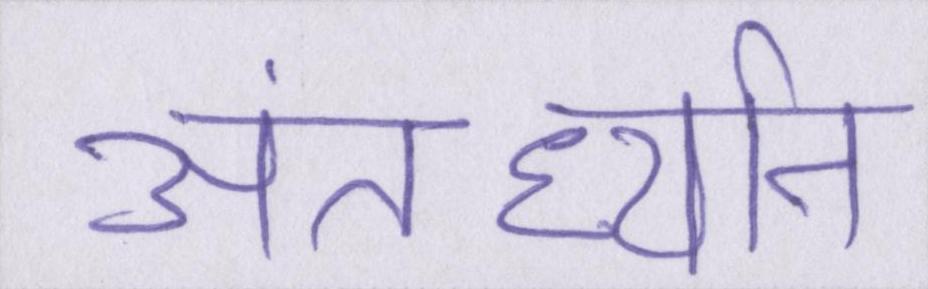
अंतर्ध्यान